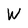
Character: W